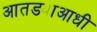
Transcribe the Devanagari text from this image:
आतड्याआधी